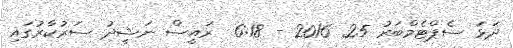
ދަޅަ ސެޕްޓެމްބަރު 25